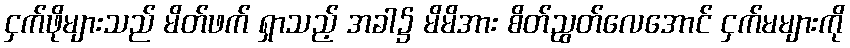
ငှက်ဖိုများသည် မိတ်ဖက် ရှာသည့် အခါ၌ မိမိအား စိတ်ညွတ်လေအောင် ငှက်မများကို